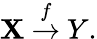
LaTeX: \mathbf{X}~{\stackrel{f}{\to}}~Y.